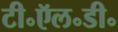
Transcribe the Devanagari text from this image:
टी॰ऍल॰डी॰